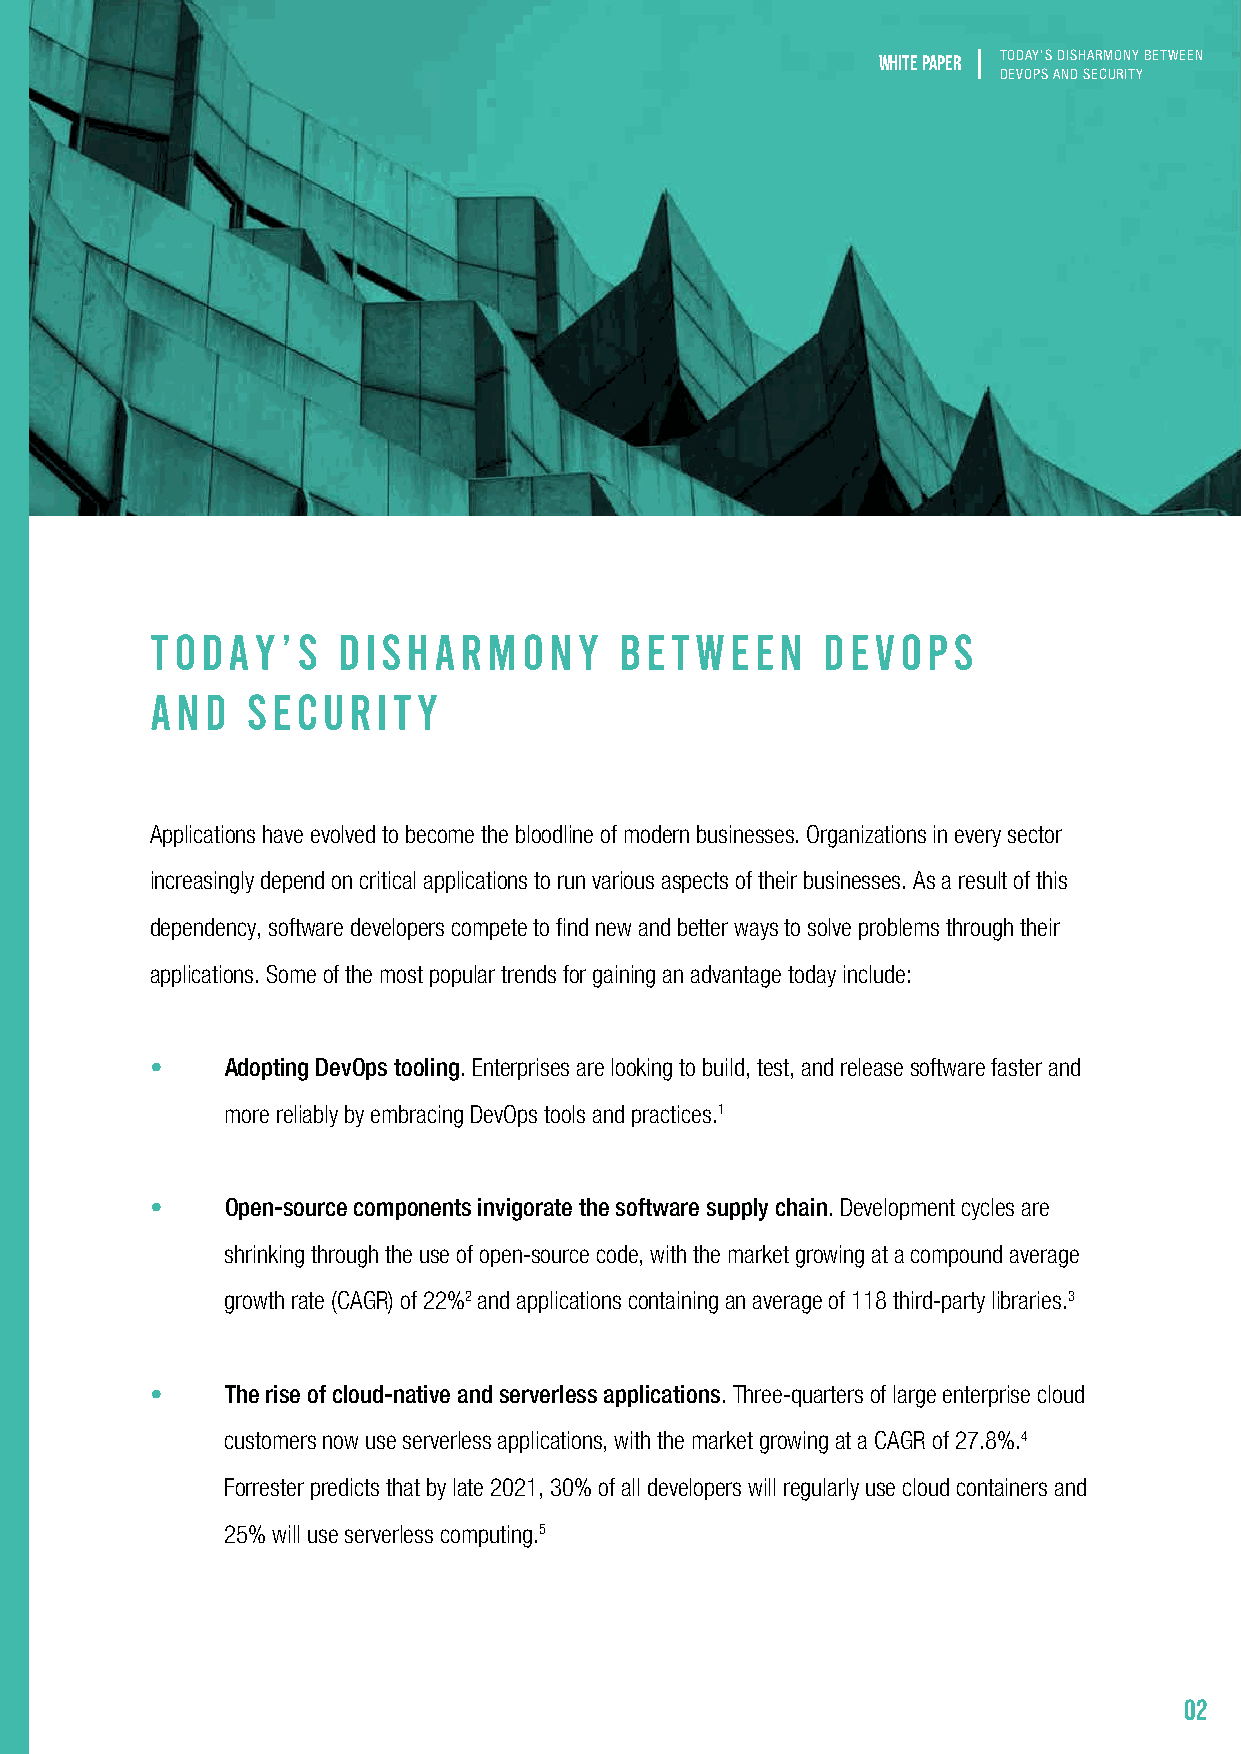
white paper TODAY’S DISHARMONY BETWEEN
 DEVOPS AND SECURITY
 TODAY’S     DISHARMONY         BETWEEN      DEVOPS
 AND   SECURITY
 Applications have evolved to become the bloodline of modern businesses. Organizations in every sector
 increasingly depend on critical applications to run various aspects of their businesses. As a result of this
 dependency, software developers compete to find new and better ways to solve problems through their
 applications. Some of the most popular trends for gaining an advantage today include:
 •    Adopting DevOps tooling. Enterprises are looking to build, test, and release software faster and
 more reliably by embracing DevOps tools and practices.1
 •    Open-source components invigorate the software supply chain. Development cycles are
 shrinking through the use of open-source code, with the market growing at a compound average
 growth rate (CAGR) of 22%2 and applications containing an average of 118 third-party libraries.3
 •    The rise of cloud-native and serverless applications. Three-quarters of large enterprise cloud
 customers now use serverless applications, with the market growing at a CAGR of 27.8%.4
 Forrester predicts that by late 2021, 30% of all developers will regularly use cloud containers and
 25% will use serverless computing.5
 02